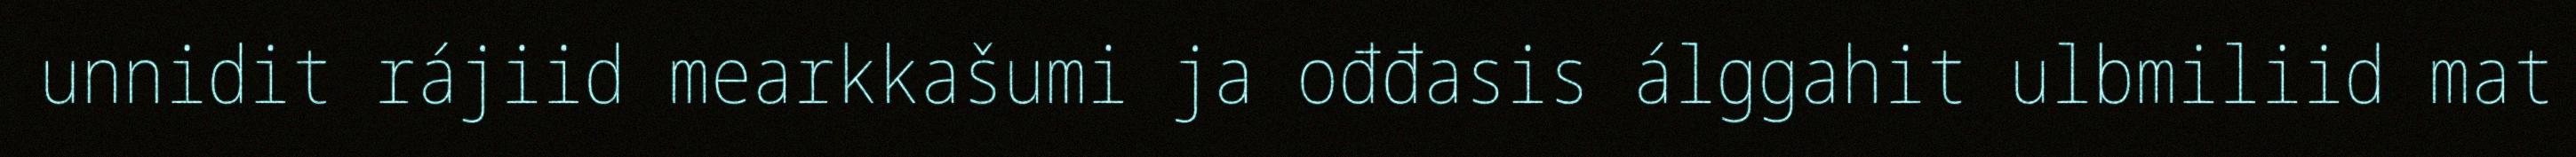
unnidit rájiid mearkkašumi ja ođđasis álggahit ulbmiliid mat